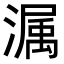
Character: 𭲫